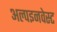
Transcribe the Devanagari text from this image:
अल्पइनवेस्ट